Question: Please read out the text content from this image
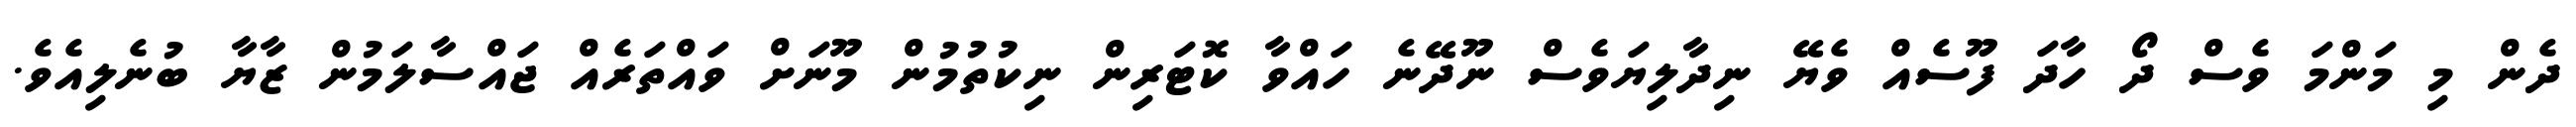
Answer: ދެން މި މަންމަ ވެސް ދޯ ހާދަ ފޫސެއް ވެޔޭ ނިދާލިޔަވެސް ނޫދޭނެ ހައްވާ ކޮޓަރިން ނިކުތުމުން މޫނަށް ވައްތަރެއް ޖައްސާލަމުން ޒާޔާ ބުނެލިއެވެ.